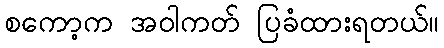
စကော့က အဝါကတ် ပြခံထားရတယ်။